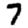
Digit: 7